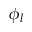
\phi _ { l }